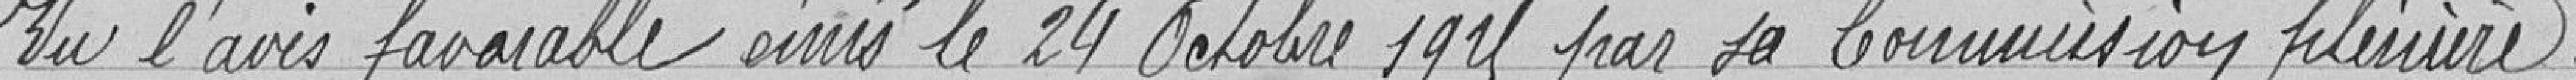
Vu l'avis émis le 24 octobre 1925 par sa Commission plénière.